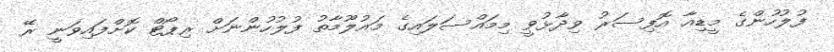
ފުލުހުންގެ މީޑިއާ އޮފިސަރު ވިދާޅުވީ މިމައްސަލައިގެ މައުލޫމާތު ފުލުހުންނަށް ރިޕޯޓް ކޮށްފައިވަނީ ރޭ